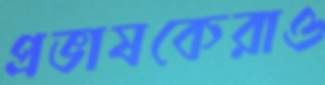
প্রভাষকেরাও